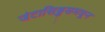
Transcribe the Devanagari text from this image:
जंटासिड्डसमधून